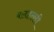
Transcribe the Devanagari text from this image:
बलहल्ली